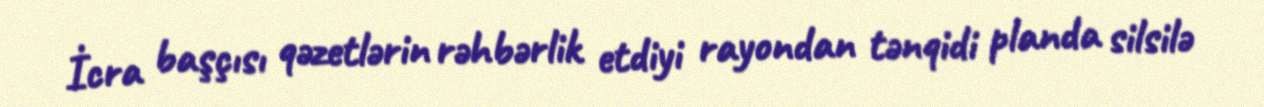
İcra başçısı qəzetlərin rəhbərlik etdiyi rayondan tənqidi planda silsilə